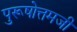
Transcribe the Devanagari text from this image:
पुरूषोत्तमजी